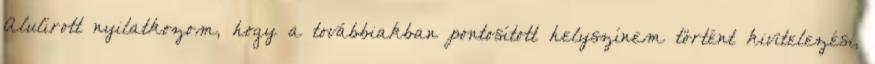
Alulírott nyilatkozom, hogy a továbbiakban pontosított helyszínem történt kivitelezési,